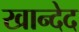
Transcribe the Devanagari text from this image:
खान्देद